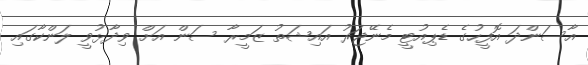
އާސަންދަ އޮފީހުގެ ޑެޕިއުޓީ މެނޭޖަރު އައިޝަތު ޒަމީރާ ސަން އަށް ވިދާޅުވީ ލަންކާގައި